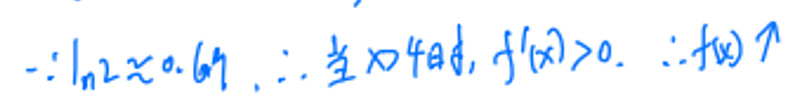
$\because\ln 2\approx 0.69,\therefore$ 当 $x > 4$ 时, $f^{\prime}(x)>0.\therefore f(x)\nearrow$